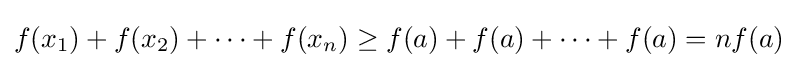
f(x_{1})+f(x_{2})+\cdots +f(x_{n})\geq f(a)+f(a)+\cdots +f(a)=nf(a)